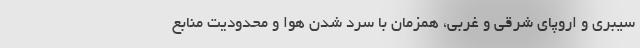
سیبری و اروپای شرقی و غربی، همزمان با سرد شدن هوا و محدودیت منابع